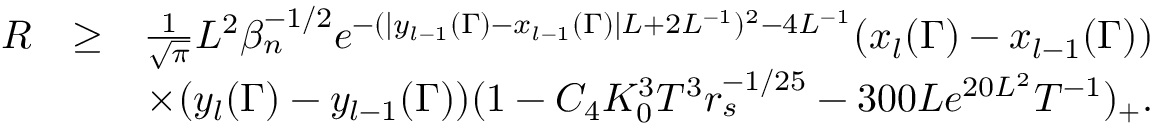
\begin{array} { r l r } { R } & { \geq } & { \frac { 1 } { \sqrt { \pi } } L ^ { 2 } \beta _ { n } ^ { - 1 \slash 2 } e ^ { - ( | y _ { l - 1 } ( \Gamma ) - x _ { l - 1 } ( \Gamma ) | L + 2 L ^ { - 1 } ) ^ { 2 } - 4 L ^ { - 1 } } ( x _ { l } ( \Gamma ) - x _ { l - 1 } ( \Gamma ) ) } \\ & { } & { \times ( y _ { l } ( \Gamma ) - y _ { l - 1 } ( \Gamma ) ) ( 1 - C _ { 4 } K _ { 0 } ^ { 3 } T ^ { 3 } r _ { s } ^ { - 1 \slash 2 5 } - 3 0 0 L e ^ { 2 0 L ^ { 2 } } T ^ { - 1 } ) _ { + } . } \end{array}